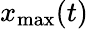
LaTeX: x_{\operatorname*{max}}(t)